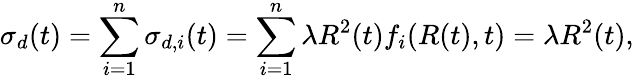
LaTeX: \sigma_{d}(t)=\sum_{i=1}^{n}\sigma_{d,i}(t)=\sum_{i=1}^{n}\lambda R^{2}(t)f_{i}(R(t),t)=\lambda R^{2}(t),